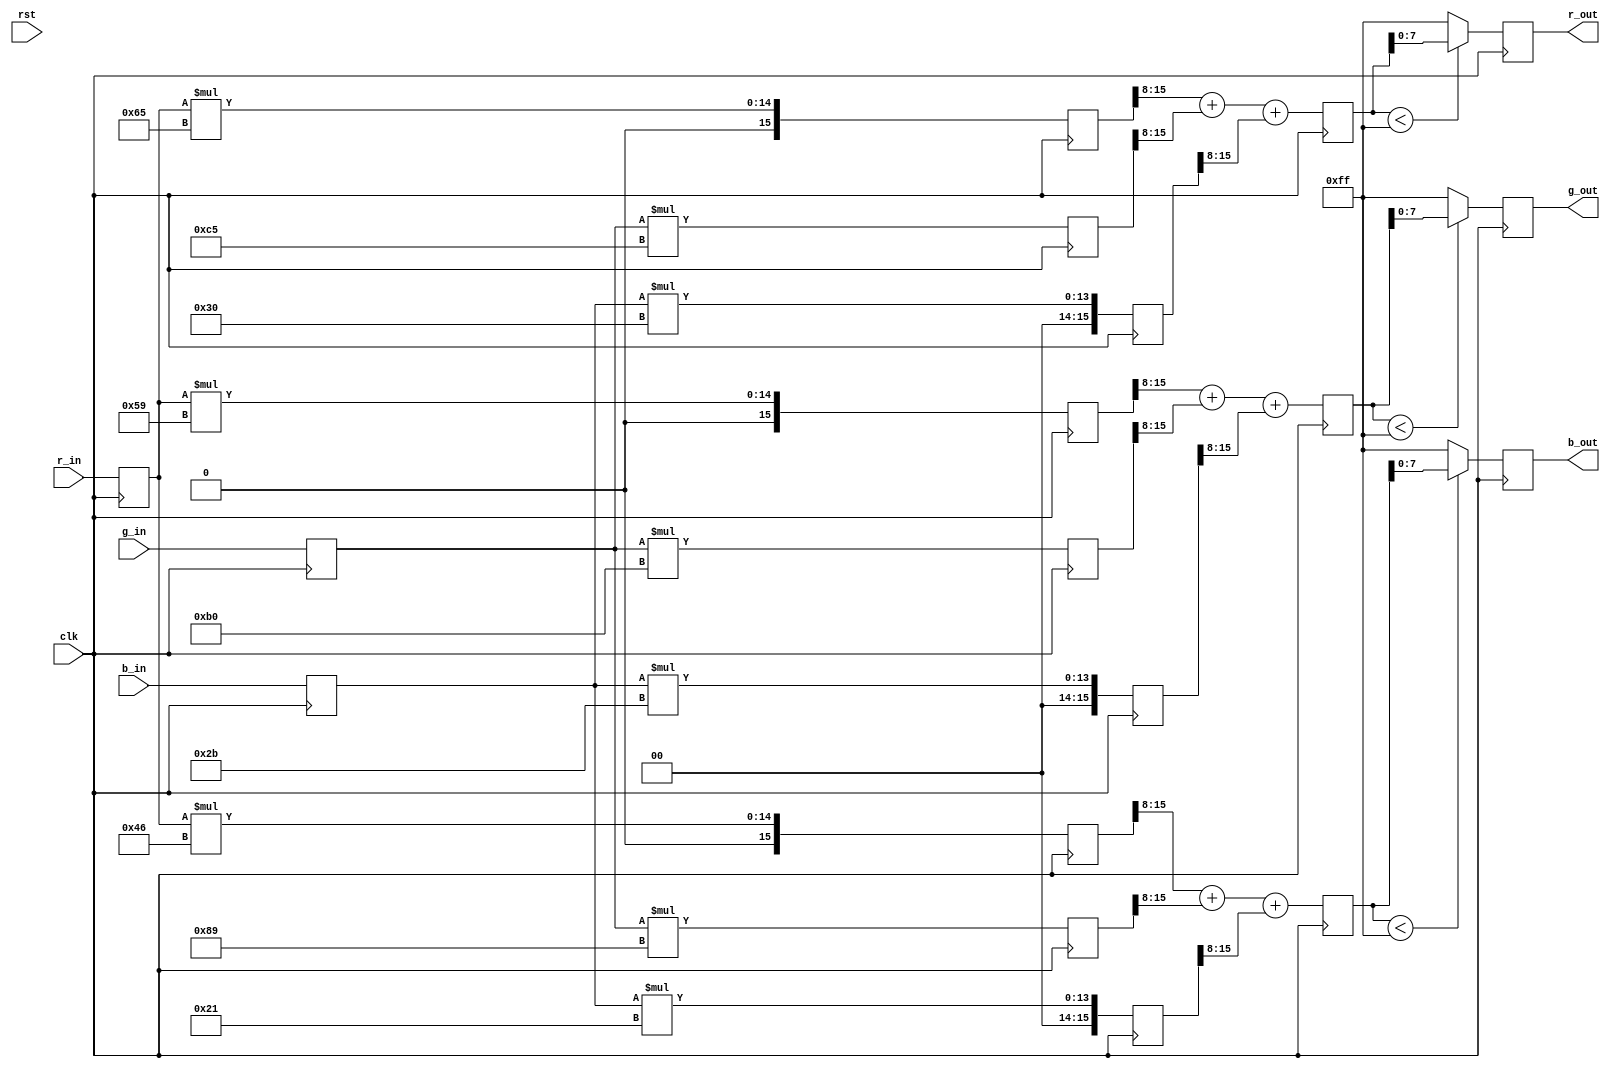
`timescale 1ns / 1ps
//////////////////////////////////////////////////////////////////////////////////
// Company: 
// 
// Design Name: 
// Module Name:    sepia 
// Project Name: 
// Target Devices: 
// Tool versions: 
// Description: Implements RGB to sepia tone conversion. Pipelined with 4 stages.
//
// Dependencies: 
//
// Revision: 
// Revision 0.01 - File Created
// Additional Comments: 
//
//////////////////////////////////////////////////////////////////////////////////
module sepia(
    input clk, rst,
    input [7:0] r_in, g_in, b_in,
    output [7:0] r_out, g_out, b_out
  );
  
  // Sepia conversion formulas obtained from
  // https://www.dyclassroom.com/image-processing-project/
  // how-to-convert-a-color-image-into-sepia-image
  
  localparam TR_R = 8'd101; // 0.393
  localparam TR_G = 8'd197; // 0.769
  localparam TR_B = 8'd48;  // 0.189
  
  localparam TG_R = 8'd89;  // 0.349
  localparam TG_G = 8'd176; // 0.686
  localparam TG_B = 8'd43;  // 0.168
  
  localparam TB_R = 8'd70;  // 0.272
  localparam TB_G = 8'd137; // 0.534
  localparam TB_B = 8'd33;  // 0.131
  
  reg [7:0] r0_q, g0_q, b0_q;
  reg [15:0] trr_q, trg_q, trb_q;   // to calculate tr
  reg [15:0] tgr_q, tgg_q, tgb_q;   // to calculate tg
  reg [15:0] tbr_q, tbg_q, tbb_q;   // to calculate tb
  reg [8:0] tr_q, tg_q, tb_q;
  reg [7:0] rf_q, gf_q, bf_q;       // final values
  
  // output assignments
  assign {r_out, g_out, b_out} = {rf_q, gf_q, bf_q};
  
  always @(posedge clk) begin
    
    // clock 1: latch inputs
    {r0_q, g0_q, b0_q} <= {r_in, g_in, b_in};
    
    // clock 2: multiplications
    trr_q <= r0_q * TR_R;
    trg_q <= g0_q * TR_G;
    trb_q <= b0_q * TR_B;
    
    tgr_q <= r0_q * TG_R;
    tgg_q <= g0_q * TG_G;
    tgb_q <= b0_q * TG_B;
    
    tbr_q <= r0_q * TB_R;
    tbg_q <= g0_q * TB_G;
    tbb_q <= b0_q * TB_B;
    
    // clock 3: divide by 256 and add
    tr_q <= trr_q[15:8] + trg_q[15:8] + trb_q[15:8];
    tg_q <= tgr_q[15:8] + tgg_q[15:8] + tgb_q[15:8];
    tb_q <= tbr_q[15:8] + tbg_q[15:8] + tbb_q[15:8];
    
    // clock 4: determine outputs
    rf_q <= (tr_q < 8'd255) ? tr_q[7:0] : 8'd255;
    gf_q <= (tg_q < 8'd255) ? tg_q[7:0] : 8'd255;
    bf_q <= (tb_q < 8'd255) ? tb_q[7:0] : 8'd255;
    
  end

endmodule